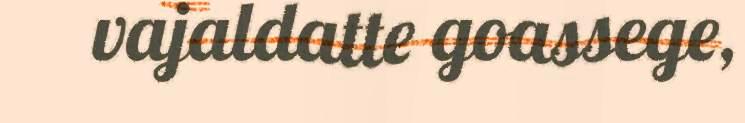
vajaldatte goassege,